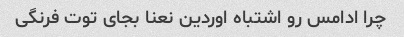
چرا ادامس رو اشتباه اوردین نعنا بجای توت فرنگی